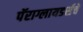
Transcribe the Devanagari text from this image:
पॅराग्लायडर्सचे